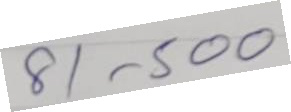
91 - 500